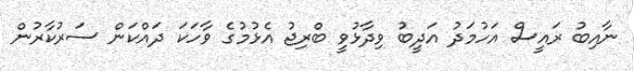
ނާއިބު ރައީސް އަހުމަދު އަދީބު ވިދާޅުވީ ބްރިޖު އެޅުމުގެ ވާހަކަ ދައްކަން ސަރުކާރުން